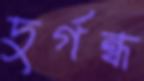
দুর্গন্ধ